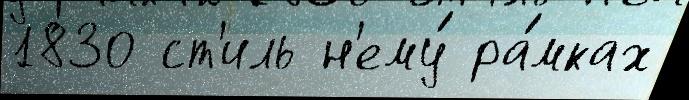
1830 ст'иль н'ему́ ра́мках